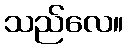
သည်လေ။